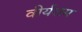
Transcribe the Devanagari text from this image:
वीर्यराम